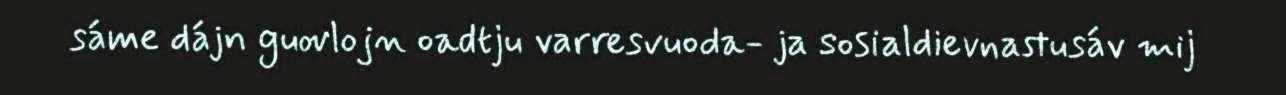
sáme dájn guovlojn oadtju varresvuoda- ja sosialdievnastusáv mij